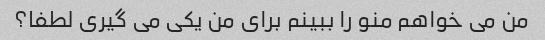
من می خواهم منو را ببینم برای من یکی می گیری لطفا؟